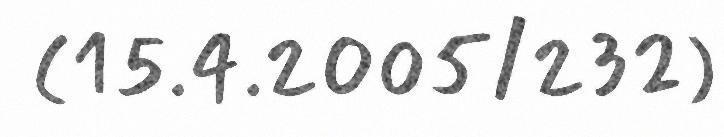
(15.4.2005/232)